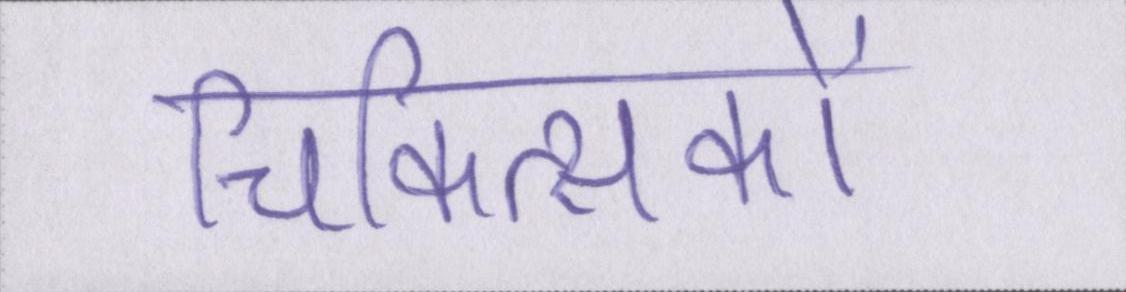
चिकित्सकों